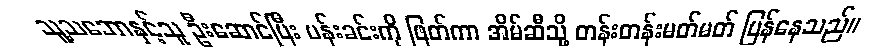
သူ့သဘောနှင့်သူ ဦးဆောင်ပြီး ပန်းခင်းကို ဖြတ်ကာ အိမ်ဆီသို့ တန်းတန်းမတ်မတ် ပြန်နေသည်။